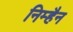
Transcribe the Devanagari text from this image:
निम्हैन